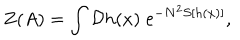
Z ( A ) = \int { \cal D } h ( x ) \; \mathrm { e } ^ { - N ^ { 2 } S [ h ( x ) ] } ,